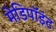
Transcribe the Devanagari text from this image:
मेडिपॉइंट